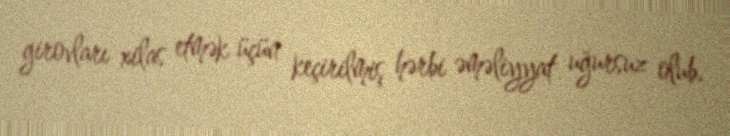
girovları xilas etmək üçün keçirilmiş hərbi əməliyyat uğursuz olub.